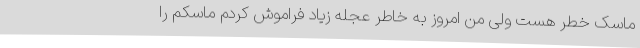
ماسک خطر هست ولی من امروز به خاطر عجله زیاد فراموش کردم ماسکم را